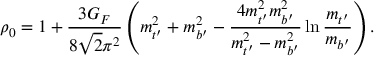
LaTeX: \rho _ { 0 } = 1 + \frac { 3 G _ { F } } { 8 { \sqrt 2 } \pi ^ { 2 } } \left( m _ { t ^ { \prime } } ^ { 2 } + m _ { b ^ { \prime } } ^ { 2 } - \frac { 4 m _ { t ^ { \prime } } ^ { 2 } m _ { b ^ { \prime } } ^ { 2 } } { m _ { t ^ { \prime } } ^ { 2 } - m _ { b ^ { \prime } } ^ { 2 } } \ln \frac { m _ { t ^ { \prime } } } { m _ { b ^ { \prime } } } \right) .